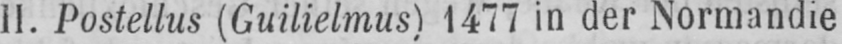
II. Postellus (Guilielmus) 1477 in der Normandie